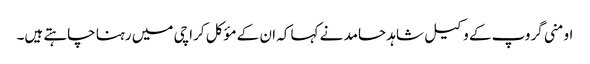
اومنی گروپ کے وکیل شاہد حامد نے کہا کہ ان کے مؤکل کراچی میں رہنا چاہتے ہیں۔